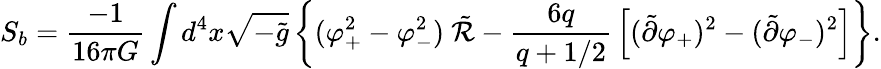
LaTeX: S_{b}={\frac{-1}{16\pi G}}\int d^{4}x\sqrt{-\tilde{g}}\left\{ (\varphi_{+}^{2}-\varphi_{-}^{2})\ \tilde{\cal R}-{\frac{6q}{q+1/2}}\left[(\tilde{\partial}\varphi_{+})^{2}-(\tilde{\partial}\varphi_{-})^{2}\right]\right\} .